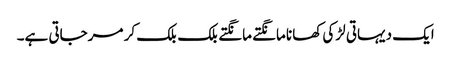
ایک دیہاتی لڑکی کھانا مانگتے مانگتے بلک بلک کر مرجاتی ہے۔